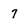
Character: 7